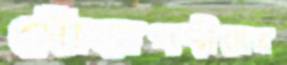
গোঁড়াপন্থীদের